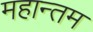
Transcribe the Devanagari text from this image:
महान्तम